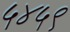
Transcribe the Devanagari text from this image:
५४५९